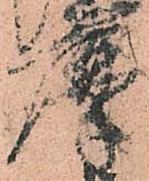
摩